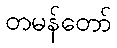
တမန်တော်